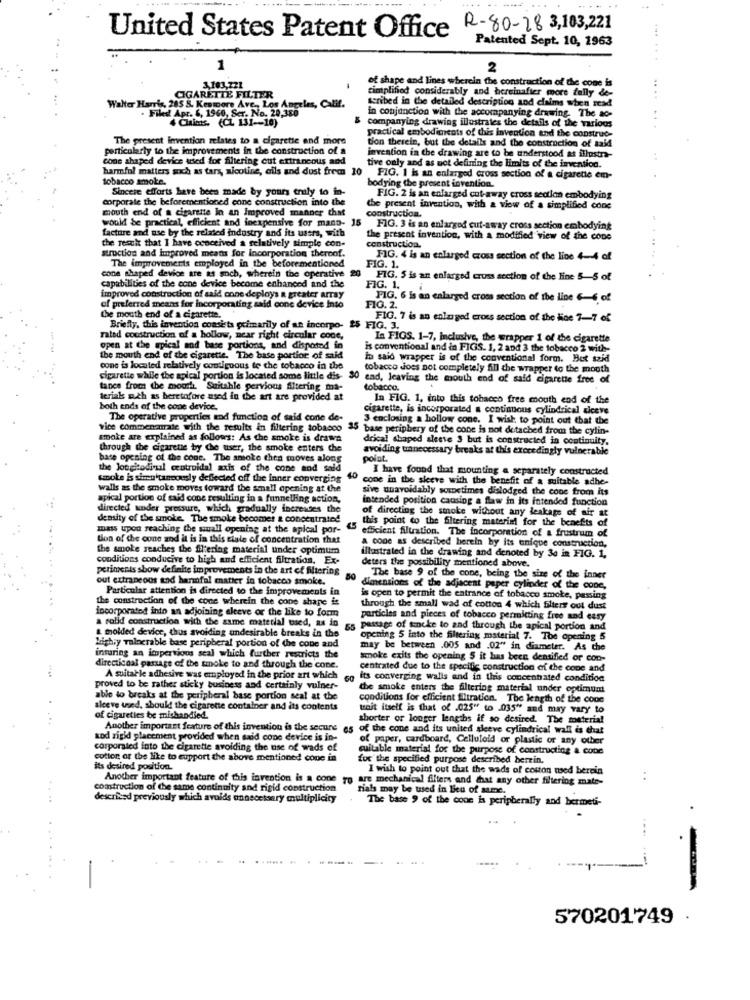
United States Patent Office R-80-18 3,103,221
Patented Sept. 10, 1963
......
1
2
of shape and lines wherein the construction of the cone is
103,721
cintplifiod considerably and hereinafter more fully &-
CIGARETTE FILTER
scribed in the detailed description and claims when read
Walter Harris, 285 S. Kestpore Ave ,, Los Angeles, Calif.
Filed Apr. 6, 1960, Ser. No. 2
4 Claimis. (CL 131 -- 10)
companying drawing illustrales the details of the various
in conjunction with the accompanying drawing. The ao-
.......
The present Invention relates to a cigarette and more
tion therein, but the details and the construction of said
practical embodiments of this invention and the construc-
particularly to the improvements in the construction of a
invention in the drawing are to be understood at illustra-
cone shaped device used for filtering cut extraneous add
tive only and as not defining the limits of the invention.
harmful matters such as tara, nicotine, cils and dust frem 10
tobacco smoke.
FIG. 1 is an enlarged cross section of a cigarette em-
Sincere efforts have been made by yours truly to in
bodying the present invention.
corporate the beforementioned cone construction into the
FIG. 2 is an enlarged cut-away cross section embodying
mouth end of a cigarette In an Improved manner that
construction.
the present invention, with a view of a simplified cone
would be practical, efficient and inexpensive for mano- 15
facture and use by the related industry and its users, with
FIG. 3 is an enlarged cut-away cross section embodying
the present invention, with a modified view of the cone
the result that I have conceived a relatively simple con-
struction and improved meaths for incorporation thereof.
construction.
The improvements employed in the beforementioned
FIG. 4 is an enlarged cross section of the line 4-4 of
cone shaped device are as such, wherein the operative 20
FIG. 1.
FIG. 5 is an enlarged cross section of the line 5-5 of
capabilities of the cone device become enhanced and the
FIG. 1.
improved construction of said onne deploys a greater array
of preferred means for Incorporating said cone device Into
PIG. 6 Is an enlarged cross section of the line 6-6 of
FIG. 2.
the mouth end of a cigarette.
FIG. 7 is an enlarged cross section of the Hoe 7-7 of
Briefly, this invention consists primarily of an incorpo-
FIG. 3.
rated construction of a hollow, near right circular cone,
In FIOS. 1-7, Inclusive, the wrapper 1 of the cigarette
open at the apical and base portions, and dispoted in
is conventional and in FIGS. 1, 2 and 3 the tobacco 2 with-
the mouth end of the cigarette. The base portion of said
tu said wrapper is of the conventional form. But said
conc is located relatively contiguous to the tobacco in the
tobacco does not completely fill the wrapper to the mouth
cigarette while the apical portion is located some little dis- 30 end, leaving the mouth end of said cigarette free of
tance from the mouth. Suitable pervious Altering ma-
tobacco.
terials such as heretofore ased in the art are provided at
In FIG. 1. into this tobacco free mouth end of the
both ends of the cone device.
cigarette, is incorporated a continuous cylindrical riceve
The operative properties end function of said cone de-
3 enclosing a hollow cone. I wish to point out that the
vice commenarrate with the results in filtering tobacco 35
base periphery of the cone is not detached from the cylin-
smoke are explained as follows: As the smoke is drawa
drical shaped sleeve 3 but is constructed ia continuity,
through the cigarette by the user, the smoke enters the
avoiding unnecessary breaks at this exceedingly vulnerable
base opening of the conc. The smoke then moves alons
polat.
the Jongitodivul centroidal axis of the cone and said
I have found that mounting a separately constructed
smoke is sien'taneously deflected off the inner converging
40
cone in the sleeve with the benefit of a suitable adhe-
walls as the smoke moves toward the small opening at the
sive unavoidably sometimes dislodged the cone from its
apical portion of said cone resulting in a funnelling action,
intended position causing a flaw in its intended function
directed under pressure, which gradually increases the
density of the smoke. The smoke becomes a concentrated
of directing the smoke without any leakage of air at
this point to the filtering materiel for the benefits of
mass upon reaching the small opening at the apical por-
45
efficient filtration. The incorporation of a frustrum of
tion of the cone and it is in this ciale of concentration that
a cone as described berein by its unique construction,
the smoke reaches the filtering material under optimum
conditions conducive to high and efficient filtration. Ex-
deters the possibility mentioned above.
illustrated in the drawing and denoted by 3e in FIG. 1,
periments show definite improvements in the art of filtering
out extraneous and harmful matter in tobacco smoke.
The base 9 of the cone, being the size of the inner
Particular attention is directed to the improvements in
50 dimensions of the adjacent paper cylinder of the cone,
the construction of the cone wherein the cone shape it
is open to permit the entrance of tobacco smoke, passing
incorporated into an adjoining eleeve or the like to form
through the small wad of cotton 4 which filters out dust
a solid construction with the same material used, as in
particles and pieces of tobacco permitting free and easy
55
passage of ticke to and through the apical portion and
& molded device, thus avoiding undesirable breaks in the
opening 5 into the filtering material 7. The opening 5
kishry vulnerable base peripheral portion of the cone and
may be between .005 and .02" in diameter. As the
inturing an impervious scal which further restricts the
smoke exits the opening 5 it has been dentified or con-
directional passage of the smoke to and through the cone.
centrated due to the specific construction of the cone and
A suitable adhesive was employed in the prior art which
its converging walls and in this concenhated condition
proved to be rather sticky business and certainly vulner-
the smoke enters the filtering material under optimum
able to breaks at the peripheral base portion seal at the
conditions for efficient filtration. The length of the cope
sleeve used, should the cigarette container and its contents
tenit itself is that of -025" to _035" and may vary to
of cigarettes be mishandied.
shorter or longer lengths if so desired. The material
Another important feature of this invention is the secure as of the cone and its united sleeve cylindrical wall is that
wod rigid placement provided when said cone device is in-
( paper, cardboard, Celluloid or plastic or any other
corporated into the cigarette avoiding the use of wads of
cuitable material for the purpose of constructing & cone
cotton or the like to eupport the above mentioned cope in
for the specified purpose described herein.
its desired position.
I wish to point out that the wads of cotton used berein
Another important feature of this invention is a cone
o are mechanical filters and chat any other filtering mate-
construction of the same continuity and rigid construction
Tials may be used in lieu of same.
described previously which avoids onnecetsery multiplicity
The base , of the cone is peripherally and bermeti-
570201749 .